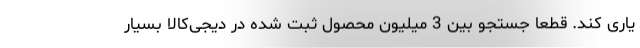
یاری کند. قطعا جستجو بین 3 میلیون محصول ثبت شده در دیجی‌کالا بسیار